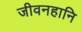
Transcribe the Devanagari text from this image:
जीवनहानि